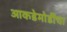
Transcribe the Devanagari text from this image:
आकडेमोडींचा